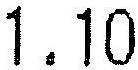
1.10